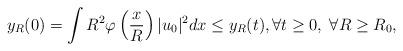
LaTeX: \begin{align*}y_R(0)= \int R^2 \varphi \left( \frac{x}{R} \right) |u_0|^2 dx \le y_R(t), \forall t \ge 0, \; \forall R \ge R_0,\end{align*}